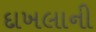
દાખલાની